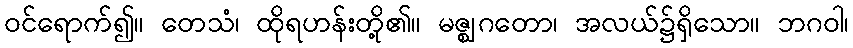
ဝင်ရောက်၍။ တေသံ၊ ထိုရဟန်းတို့၏။ မဇ္ဈဂတော၊ အလယ်၌ရှိသော။ ဘဂဝါ၊